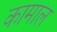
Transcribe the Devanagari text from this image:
कामाल